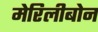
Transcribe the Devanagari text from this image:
मेरिलीबोन